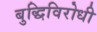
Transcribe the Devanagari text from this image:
बुद्धिविरोधी